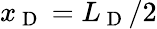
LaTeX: x_{\mathrm{~D~}}=L_{\mathrm{~D~}}/2